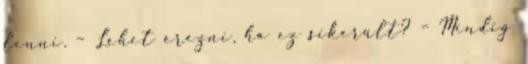
lenni. – Lehet érezni, ha ez sikerült? – Mindig